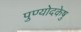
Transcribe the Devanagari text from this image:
पुण्योदकेषु